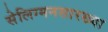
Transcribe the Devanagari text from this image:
सेलिग्मनसारख्या